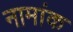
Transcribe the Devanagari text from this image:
नामांक